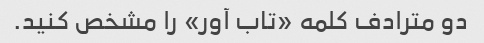
دو مترادف کلمه «تاب آور» را مشخص کنید.